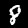
Digit: 8